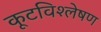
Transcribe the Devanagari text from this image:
कूटविश्लेषण